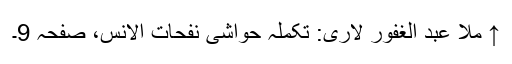
↑ ملا عبد الغفور لاری: تکملہ حواشی نفحات الانس، صفحہ 9۔